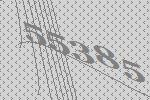
55385